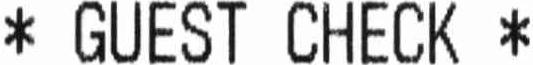
* GUEST CHECK *